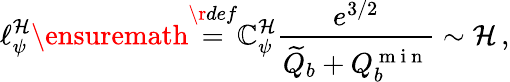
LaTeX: \ell_{\psi}^{\mathcal{H}}\ensuremath{{\stackrel{\r{{def}}}{=}}}\mathbb{{C}}_{\psi}^{\mathcal{H}}\frac{{e^{3/2}}}{{\widetilde{Q}_{b}+Q_{b}^{\mathrm{{~m~i~n~}}}}}\sim\mathcal{H}\, ,